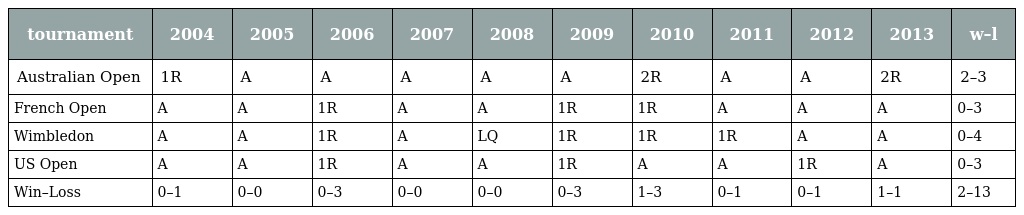
| tournament | 2004 | 2005 | 2006 | 2007 | 2008 | 2009 | 2010 | 2011 | 2012 | 2013 | w–l |
 | --- | --- | --- | --- | --- | --- | --- | --- | --- | --- | --- | --- |
 | Australian Open | 1R | A | A | A | A | A | 2R | A | A | 2R | 2–3 |
 | French Open | A | A | 1R | A | A | 1R | 1R | A | A | A | 0–3 |
 | Wimbledon | A | A | 1R | A | LQ | 1R | 1R | 1R | A | A | 0–4 |
 | US Open | A | A | 1R | A | A | 1R | A | A | 1R | A | 0–3 |
 | Win–Loss | 0–1 | 0–0 | 0–3 | 0–0 | 0–0 | 0–3 | 1–3 | 0–1 | 0–1 | 1–1 | 2–13 |